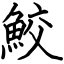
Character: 鮫